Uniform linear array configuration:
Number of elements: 32
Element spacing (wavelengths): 0.25
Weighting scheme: cosine
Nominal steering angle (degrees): -30
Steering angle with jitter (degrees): -30.841
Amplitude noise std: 0.05
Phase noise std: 0.05

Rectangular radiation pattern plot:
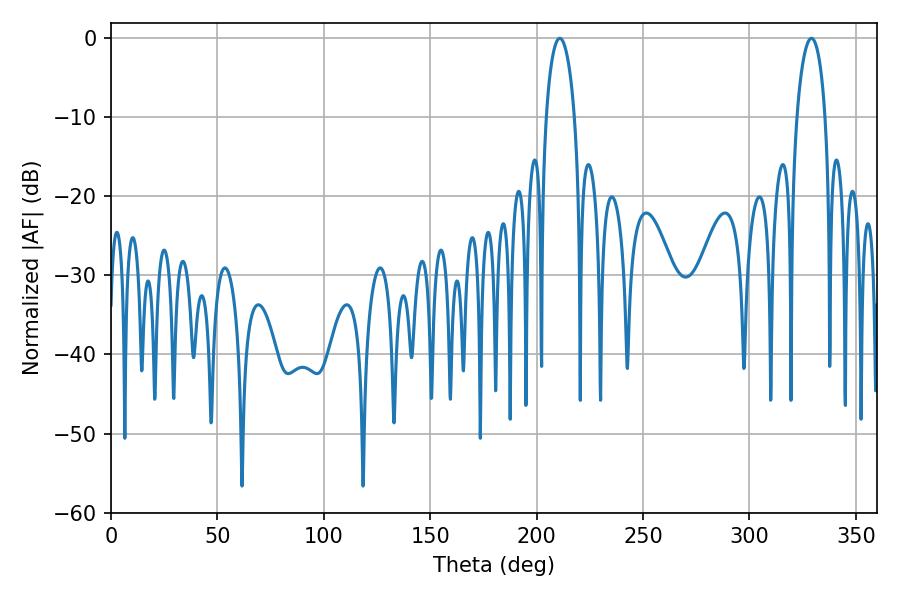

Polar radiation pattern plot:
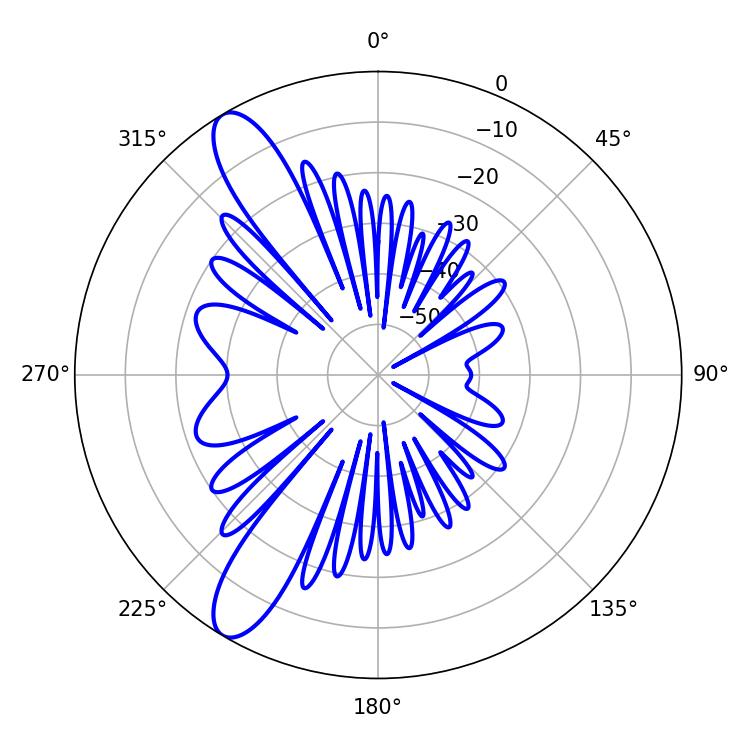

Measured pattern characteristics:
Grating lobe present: FALSE
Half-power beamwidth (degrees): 7.56
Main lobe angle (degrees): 210.96